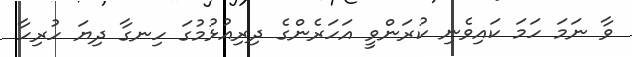
ވާ ނަަމަ ހަމަ ކައިވެނި ކުރަންވީ އަހަރެންގެ ދިރިއުޅުމުގަ ހިނގާ ދިޔަ ހުރިހާ